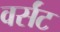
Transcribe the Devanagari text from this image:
वर्संट